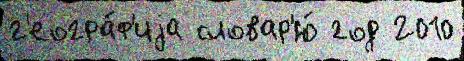
г'еогра́ф'иjа словар'ю́ год 2010